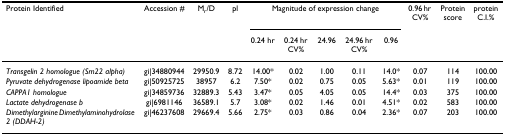
<table><thead><tr><td><b>Protein Identified</b></td><td><b>Accession #</b></td><td><b>M<sub>r</sub>/D</b></td><td><b>pl</b></td><td colspan="5"><b>Magnitude of expression change</b></td><td><b>0.96 hr CV%</b></td><td><b>Protein score</b></td><td><b>protein C.I.%</b></td></tr><tr><td></td><td></td><td></td><td></td><td><b>0.24 hr</b></td><td><b>0.24 hr CV%</b></td><td><b>24.96</b></td><td><b>24.96 hr CV%</b></td><td><b>0.96</b></td><td></td><td></td><td></td></tr></thead><tbody><tr><td><i>Transgelin 2 homologue (Sm22 alpha)</i></td><td>gi|34880944</td><td>29950.9</td><td>8.72</td><td>14.00*</td><td>0.02</td><td>1.00</td><td>0.11</td><td>14.0*</td><td>0.07</td><td>114</td><td>100.00</td></tr><tr><td><i>Pyruvate dehydrogenase lipoamide beta</i></td><td>gi|50925725</td><td>38957</td><td>6.2</td><td>7.50*</td><td>0.02</td><td>0.75</td><td>0.05</td><td>5.63*</td><td>0.01</td><td>119</td><td>100.00</td></tr><tr><td><i>CAPPA1 homologue</i></td><td>gi|34859736</td><td>32889.3</td><td>5.43</td><td>3.47*</td><td>0.05</td><td>4.05</td><td>0.05</td><td>14.4*</td><td>0.03</td><td>375</td><td>100.00</td></tr><tr><td><i>Lactate dehydrogenase b</i></td><td>gi|6981146</td><td>36589.1</td><td>5.7</td><td>3.08*</td><td>0.02</td><td>1.46</td><td>0.01</td><td>4.51*</td><td>0.02</td><td>583</td><td>100.00</td></tr><tr><td><i>Dimethylarginine Dimethylaminohydrolase 2 (DDAH-2)</i></td><td>gi|46237608</td><td>29669.4</td><td>5.66</td><td>2.75*</td><td>0.03</td><td>0.86</td><td>0.04</td><td>2.36*</td><td>0.07</td><td>203</td><td>100.00</td></tr></tbody></table>